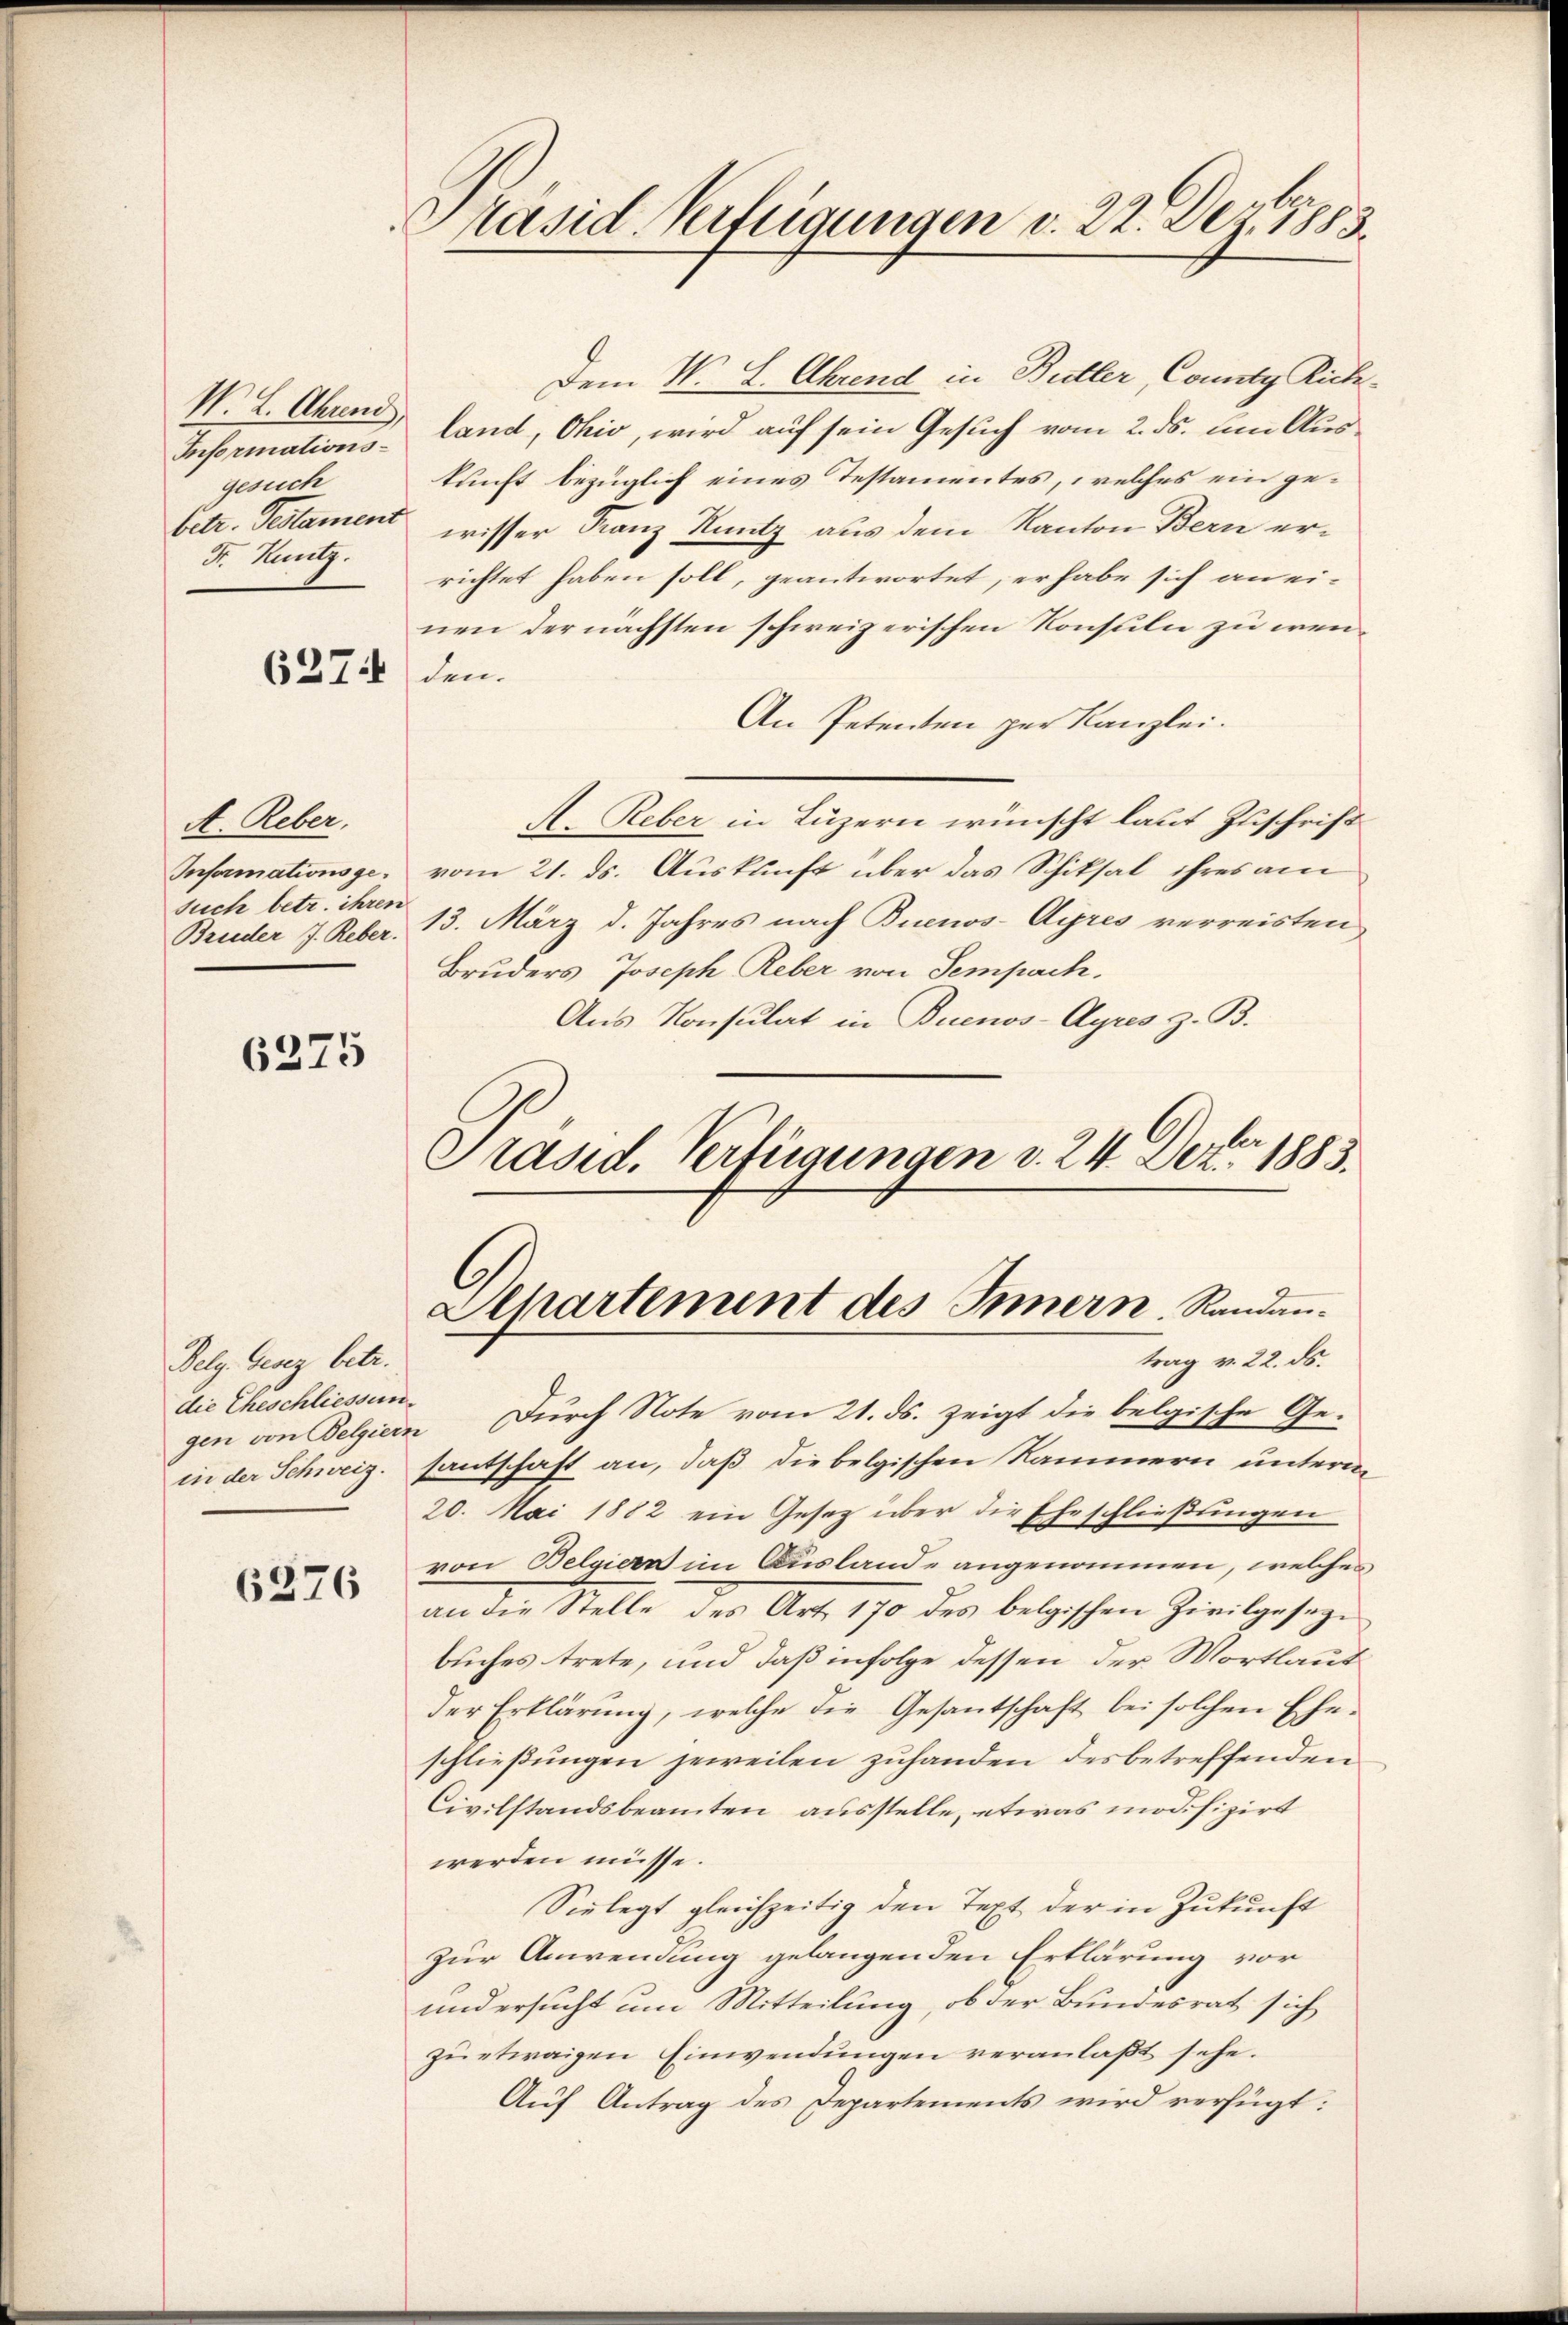
N. L. Ahrend,
Informationsgesuch
Fr. Kuntz.

627.

A. Reber,
Informationsgesuch betr. ihrer
Brueder J. Reber

6375

Pelg. Gesez betr.
gen von Belgiern

6276

Pasid Verfügungen v. 22. Der 1883

die Eheschliessen. Durch Note vom 21. ds. zeigt die belgische Ge-
in der Schweiz. santschaft an, daß die belgischen Kammern unterm
20. Mai 1882 ein Gesetz über die Eheschließungen
von Belgiern im Auslande angenommen, welches
an der Stelle der Art. 170 des belgischen Zivilgesagbuches trete, und daß infolge dessen der Wortlaut
der Erklärung, welche die Gesantschaft bei solchen Eheschlieβŭngen jeweilen zuhanden des betreffenden
Civilstandsbeamten ausstelle, etwas modifizirt
werden müsse.
Sielegt gleichzeitig den Text der in Zukunft
zur Anwendung gelangenden Erklärung vor
und ersucht um Mitteilung, ob der Bundesrat sich
zu etwaigen Einwendungen veranlaßt sehe.
Auf Antrag des Departements wird verfügt:

Dem N. L. Ahrend in Butter, Comity Richland, Ohio, wird auf sein Gesuch vom 2. ds. um Auskunft bezüglich eines Testamentes, welches ein ge¬
Petr. Testament wisser Franz Knutz aus dem Kanton Bern errichtet haben soll, geantwortet, er habe sich an einen der nächsten schweizerischen Konsuln zu wenden.
An Petenten zur Kanzlei.
A. Reber in Luzern wünscht laut Zuschrift
vom 21. ds. Auskunft über das Schiksal ihres am
 13. März d. Jahres nach Buenos-Ayres verreisten
Bruders Joseph Reber von Sempach.
Aus Konsulat in Buenos-Ayres z. B.
Präsid. Verfügungen d. 24. Dez. 1883.

Alhartement des Innern Randantrag v. 22. ds.